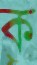
ক